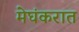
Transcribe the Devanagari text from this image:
मेघंकरात